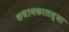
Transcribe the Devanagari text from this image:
कथानकातल्या